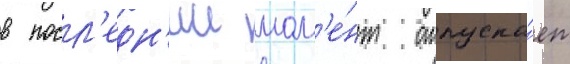
в посл'едн'ии мом'е́нт отпуска́ет